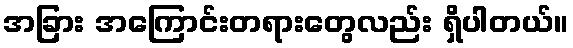
အခြား အကြောင်းတရားတွေလည်း ရှိပါတယ်။